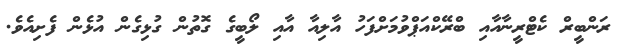
ރަންބީރް ކެޓްރީނާއާއި ބްރޭކްއަޕްވުމަށްފަހު އާލިއާ އާއި ލޯބީގެ ގޮތުން ގުޅިގެން އުޅެން ފެށިއެވެ.